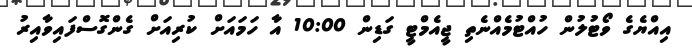
އިއްޔެގެ ވޯޓުލުން ހުއްޓުމެއްނެތި ޖީއެމްޓީ ގަޑިން 10:00 އާ ހަމައަށް ކުރިއަށް ގެންގޮސްފައިވާއިރު